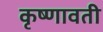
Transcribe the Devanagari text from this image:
कृष्णावती